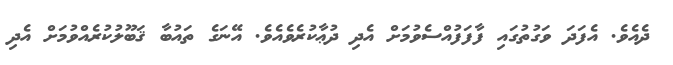
ދެއެވެ. އެފަދަ ވަގުތުގައި ފާފަފުއްސެވުމަށް އެދި ދުޢާކުރެވެއެވެ. އޭނަގެ ތައުބާ ޤަބޫލުކުރެއްވުމަށް އެދި